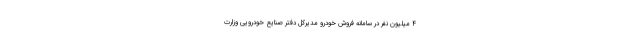
۴ میلیون نفر در سامانه فروش خودرو مدیرکل دفتر صنایع خودرویی وزارت